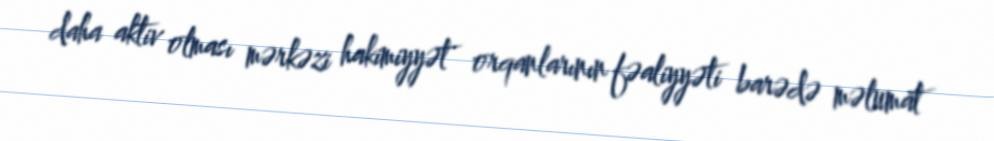
daha aktiv olması mərkəzi hakimiyyət orqanlarının fəaliyyəti barədə məlumat